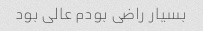
بسیار راضی بودم عالی بود